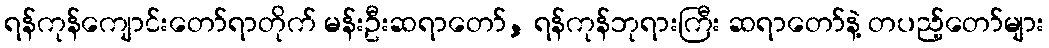
ရန်ကုန်ကျောင်းတော်ရာတိုက် မန်းဦးဆရာတော်, ရန်ကုန်ဘုရားကြီး ဆရာတော်နဲ့ တပည့်တော်များ